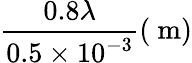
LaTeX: \frac{0.8\lambda}{0.5\times 10^{-3}}(\mathrm{~m})